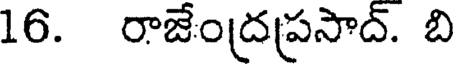
16. రాజేంద్రప్రసాద్. బి